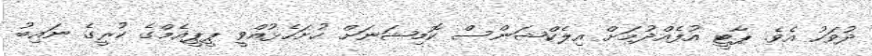
ދުވަހު އެވެ. ޕާޓީ އުފެއްދުމަށް އިލެކްޝަންސް ކޮމިޝަނަށް ހުށަހެޅުއްވީ ޕީޕީއެމްގެ ކުރީގެ ނައިބު